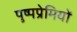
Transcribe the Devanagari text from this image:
पुष्पप्रेमियों